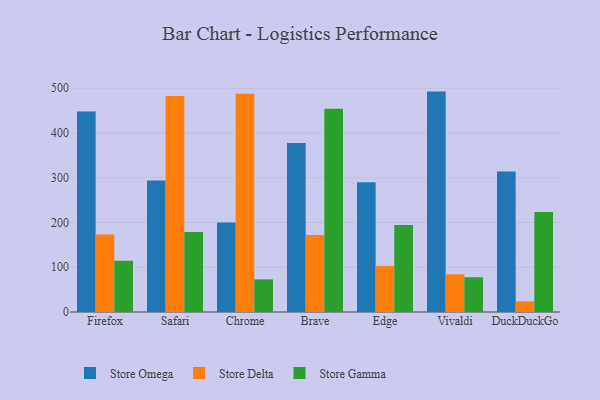
{"axis": {"x": "Browser", "y": "Revenue (USD Million)"}, "legend": ["Store Delta", "Store Gamma", "Store Omega"], "data": [{"x": "Firefox", "y": 447.9, "type": "Store Omega"}, {"x": "Firefox", "y": 173.3, "type": "Store Delta"}, {"x": "Firefox", "y": 114.4, "type": "Store Gamma"}, {"x": "Safari", "y": 293.6, "type": "Store Omega"}, {"x": "Safari", "y": 482.6, "type": "Store Delta"}, {"x": "Safari", "y": 179.0, "type": "Store Gamma"}, {"x": "Chrome", "y": 199.8, "type": "Store Omega"}, {"x": "Chrome", "y": 487.7, "type": "Store Delta"}, {"x": "Chrome", "y": 72.9, "type": "Store Gamma"}, {"x": "Brave", "y": 377.5, "type": "Store Omega"}, {"x": "Brave", "y": 172.0, "type": "Store Delta"}, {"x": "Brave", "y": 453.9, "type": "Store Gamma"}, {"x": "Edge", "y": 290.1, "type": "Store Omega"}, {"x": "Edge", "y": 103.1, "type": "Store Delta"}, {"x": "Edge", "y": 194.3, "type": "Store Gamma"}, {"x": "Vivaldi", "y": 492.5, "type": "Store Omega"}, {"x": "Vivaldi", "y": 84.2, "type": "Store Delta"}, {"x": "Vivaldi", "y": 77.7, "type": "Store Gamma"}, {"x": "DuckDuckGo", "y": 313.7, "type": "Store Omega"}, {"x": "DuckDuckGo", "y": 23.8, "type": "Store Delta"}, {"x": "DuckDuckGo", "y": 223.2, "type": "Store Gamma"}]}